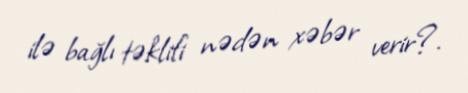
ilə bağlı təklifi nədən xəbər verir?.